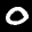
Label: 0